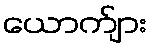
ယောက်ျား